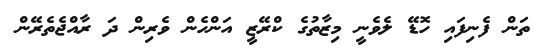
ތަން ފެނިފައި ހޮޑޭ ލެވެނީ މިޒާތުގެ ކްރޭޒީ އަންހެން ވެރިން ދަ ރާއްޖެތެރޭން